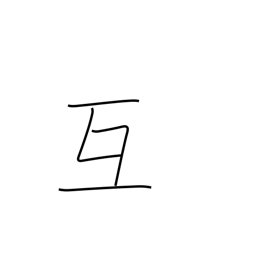
Meaning: mutually